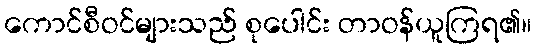
ကောင်စီဝင်များသည် စုပေါင်း တာဝန်ယူကြရ၏။